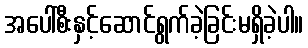
အပေါ်စီးနှင့်ဆောင်ရွက်ခဲ့ခြင်းမရှိခဲ့ပါ။